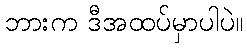
ဘားက ဒီအထပ်မှာပါပဲ။